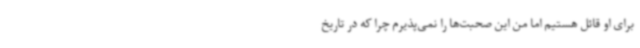
برای او قائل هستیم اما من این صحبت‌ها را نمی‌پذیرم چرا که در تاریخ